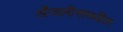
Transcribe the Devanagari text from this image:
अँजलीसमधील